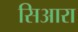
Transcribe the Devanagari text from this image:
सिआरा